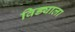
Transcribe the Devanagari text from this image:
विड्याला